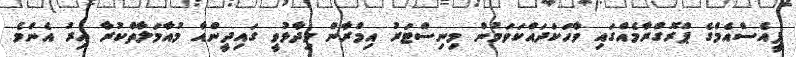
ޕީއެސްއެމްގެ ޕްރޮގްރާމެއްގައި ވާހަކަދައްކަވަމުން މިނިސްޓަރު އިމްރާން ވިދާޅުވީ ގައިދީންއާ މުއާމަލާތްކުރާ އިރު އެންމެ